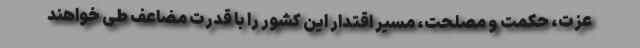
عزت، حکمت و مصلحت، مسیر اقتدار این کشور را با قدرت مضاعف طی خواهند